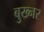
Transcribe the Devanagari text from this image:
बुख्नर